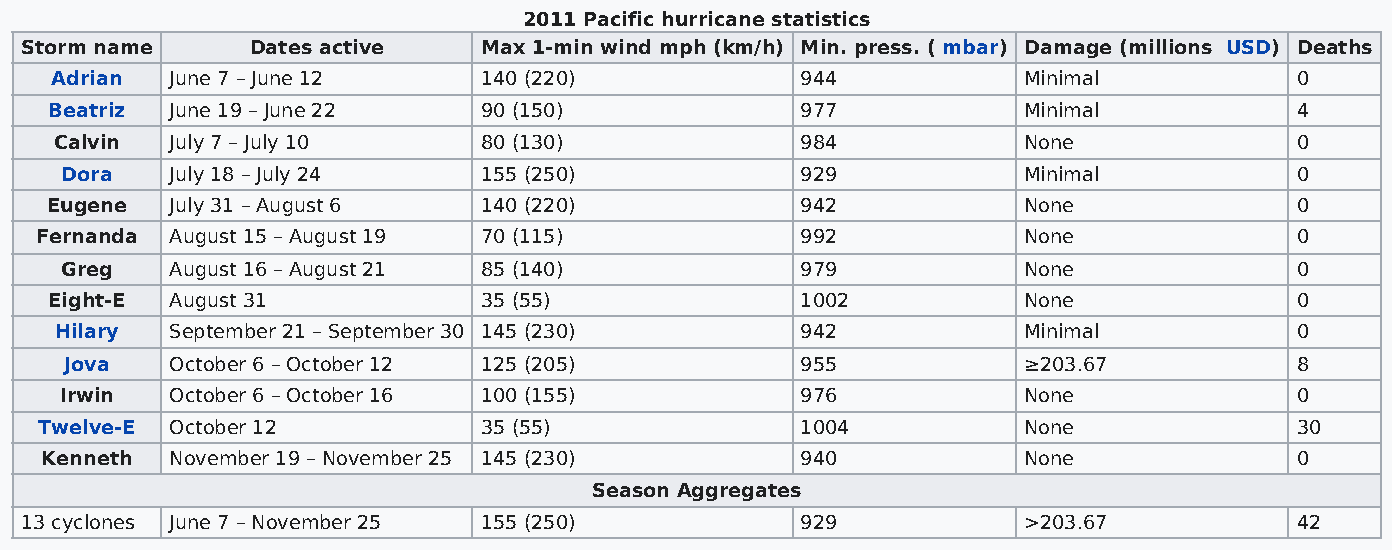
2011 Pacific hurricane statistics
 Storm name      Dates active   Max 1-min wind mph (km/h) Min. press. ( mbar) Damage (millions USD) Deaths
 Adrian  June 7 – June 12     140 (220)            944            Minimal           0
 Beatriz June 19 – June 22    90 (150)             977            Minimal           4
 Calvin July 7 – July 10     80 (130)             984            None              0
 Dora   July 18 – July 24    155 (250)            929            Minimal           0
 Eugene  July 31 – August 6   140 (220)            942            None              0
 Fernanda August 15 – August 19 70 (115)            992            None              0
 Greg   August 16 – August 21 85 (140)            979            None              0
 Eight-E August 31            35 (55)              1002           None              0
 Hilary September 21 – September 30 145 (230)     942            Minimal           0
 Jova   October 6 – October 12 125 (205)          955            ≥203.67           8
 Irwin  October 6 – October 16 100 (155)          976            None              0
 Twelve-E October 12          35 (55)              1004           None              30
 Kenneth November 19 – November 25 145 (230)       940            None              0
 Season Aggregates
 13 cyclones June 7 – November 25 155 (250)          929            >203.67           42